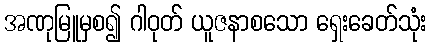
အဏုမြူမှစ၍ ဂါဝုတ် ယူဇနာစသော ရှေးခေတ်သုံး